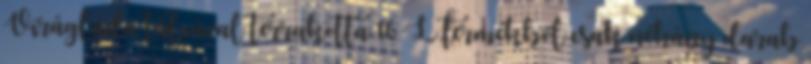
Virágláda tálcával terrakotta 16 L termékből csak néhány darab